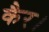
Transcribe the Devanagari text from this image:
कैर।